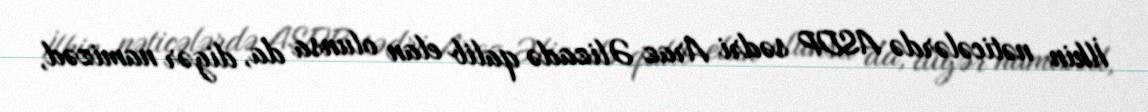
İlkin nəticələrdə ASDP sədri Araz Əlizadə qalib elan olunsa da, digər namizəd,